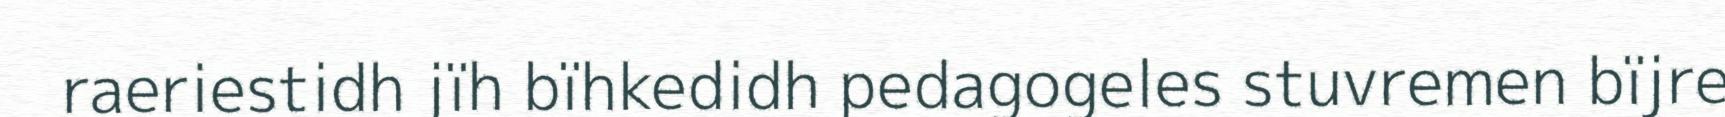
raeriestidh jïh bïhkedidh pedagogeles stuvremen bïjre